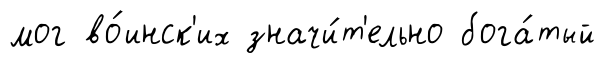
мог во́инск'их значи́т'ельно бога́тый